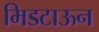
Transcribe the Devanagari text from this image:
मिडटाऊन